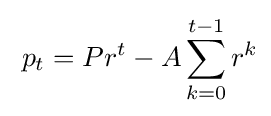
\;p_{t}=Pr^{t}-A\sum _{k=0}^{t-1}r^{k}